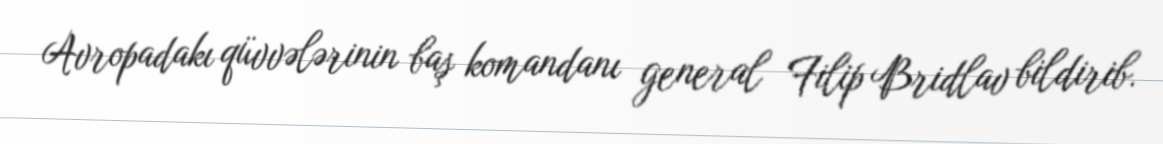
Avropadakı qüvvələrinin baş komandanı general Filip Bridlav bildirib.